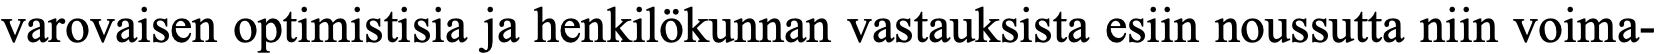
varovaisen optimistisia ja henkilökunnan vastauksista esiin noussutta niin voima-